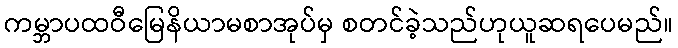
ကမ္ဘာပထဝီမြေနိယာမစာအုပ်မှ စတင်ခဲ့သည်ဟုယူဆရပေမည်။